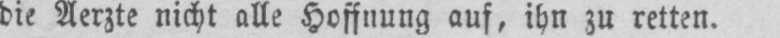
die Aerzte nicht alle Hoffnung auf, ihn zu retten.